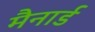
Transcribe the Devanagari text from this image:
मैनार्ड